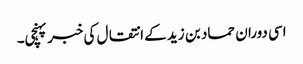
اسی دوران حماد بن زید کے انتقال کی خبر پہنچی۔